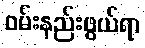
ဝမ်းနည်းဖွယ်ရာ